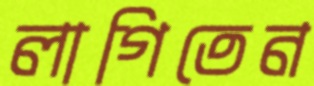
লাগিতেন